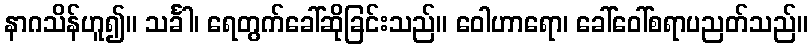
နာဂသိန်ဟူ၍။ သင်္ခါ၊ ရေတွက်ခေါ်ဆိုခြင်းသည်။ ဝေါဟာရော၊ ခေါ်ဝေါ်စရာပညတ်သည်။